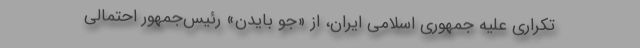
تکراری علیه جمهوری اسلامی ایران، از «جو بایدن» رئیس‌جمهور احتمالی